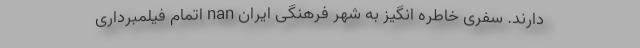
دارند. سفری خاطره انگیز به شهر فرهنگی ایران nan اتمام فیلمبرداری